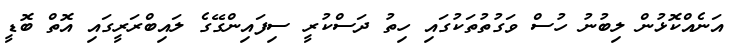
އަނެއްކޮޅުން ލިބުނު ހުސް ވަގުތުތަކުގައި ހިތު ދަސްކުރީ ސިފައިންގޭގެ ލައިބްރަރީގައި އޮތް ބޮޑީ